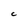
Character: C